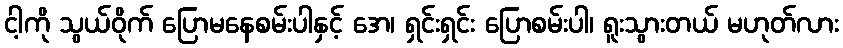
ငါ့ကို သွယ်ဝိုက် ပြောမနေစမ်းပါနှင့် အေ၊ ရှင်းရှင်း ပြောစမ်းပါ၊ ရူးသွားတယ် မဟုတ်လား